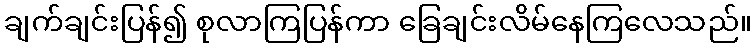
ချက်ချင်းပြန်၍ စုလာကြပြန်ကာ ခြေချင်းလိမ်နေကြလေသည်။